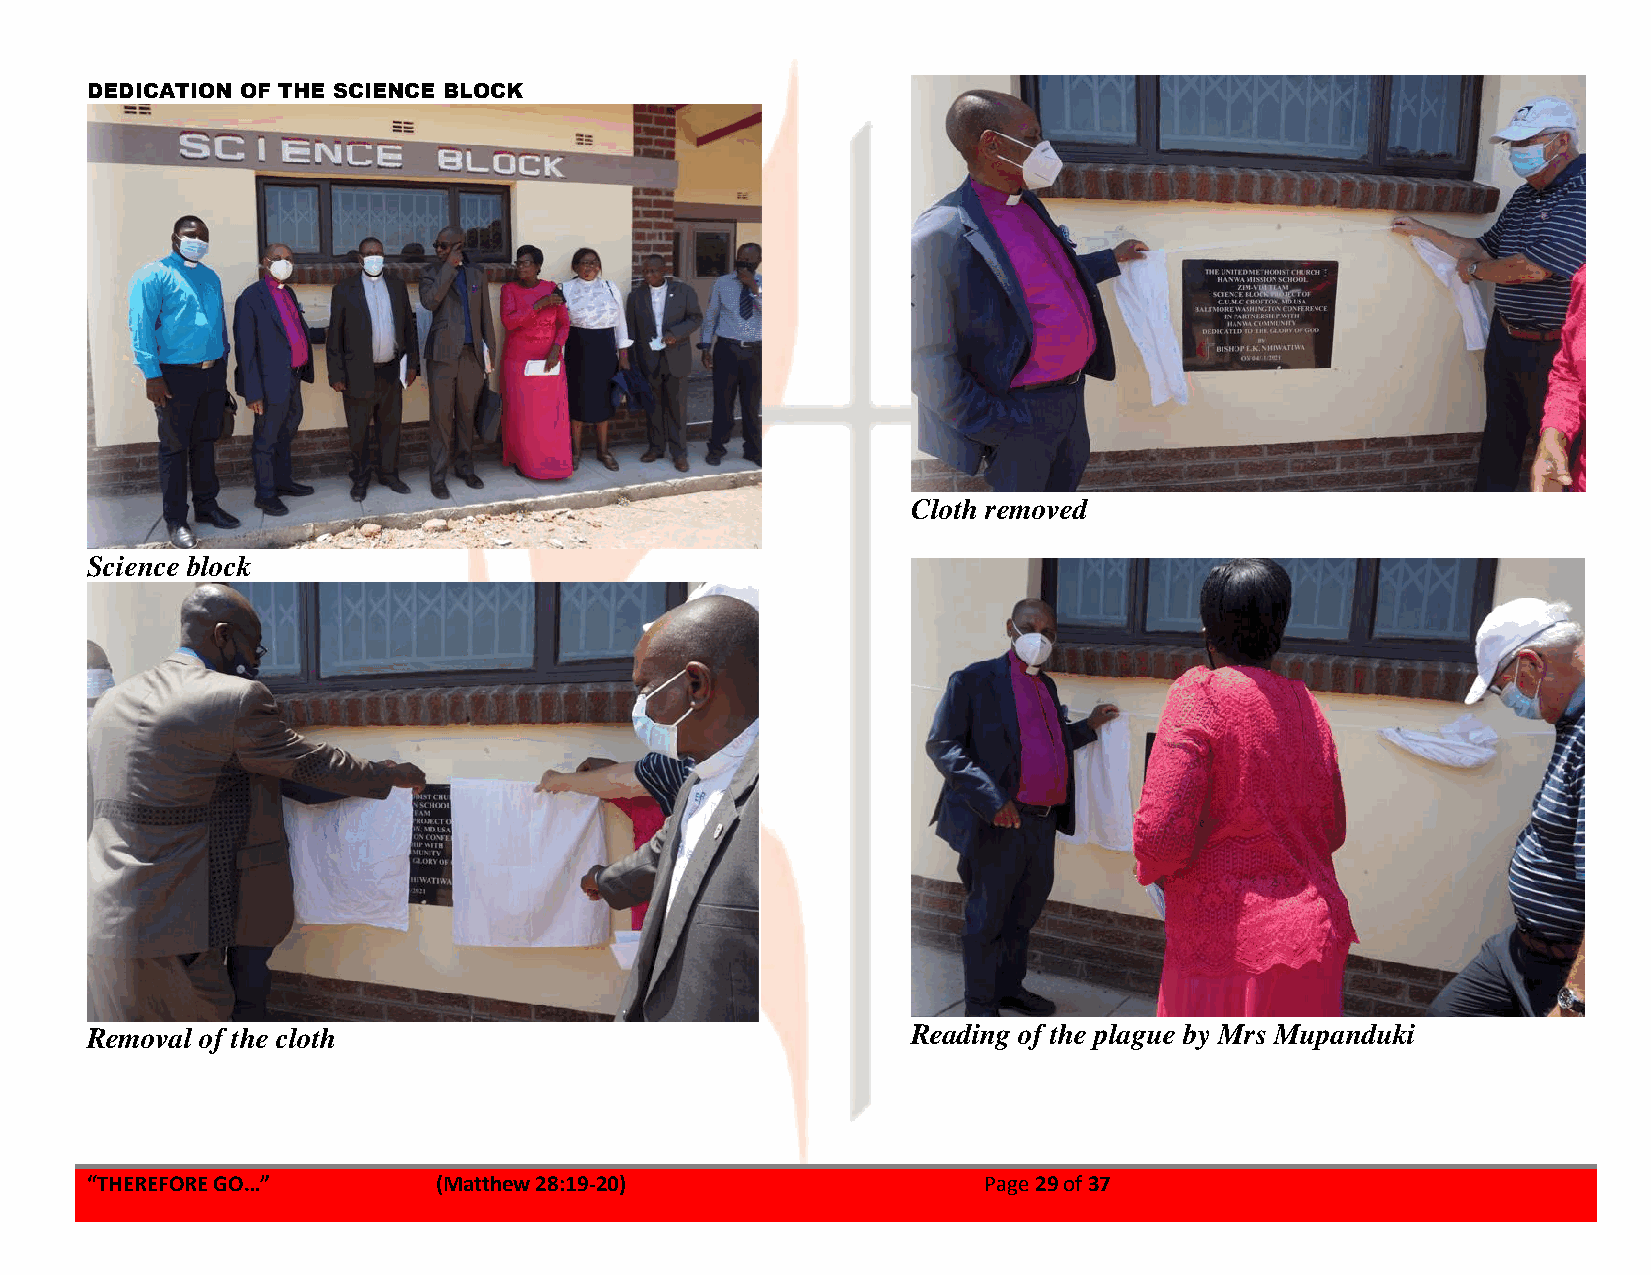
DEDICATION OF THE SCIENCE BLOCK
 Cloth removed
 Science block
 Removal of the cloth                                  Reading of the plague by Mrs Mupanduki
 “THEREFORE GO…”        (Matthew 28:19-20)                  Page 29 of 37